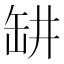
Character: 𬙍